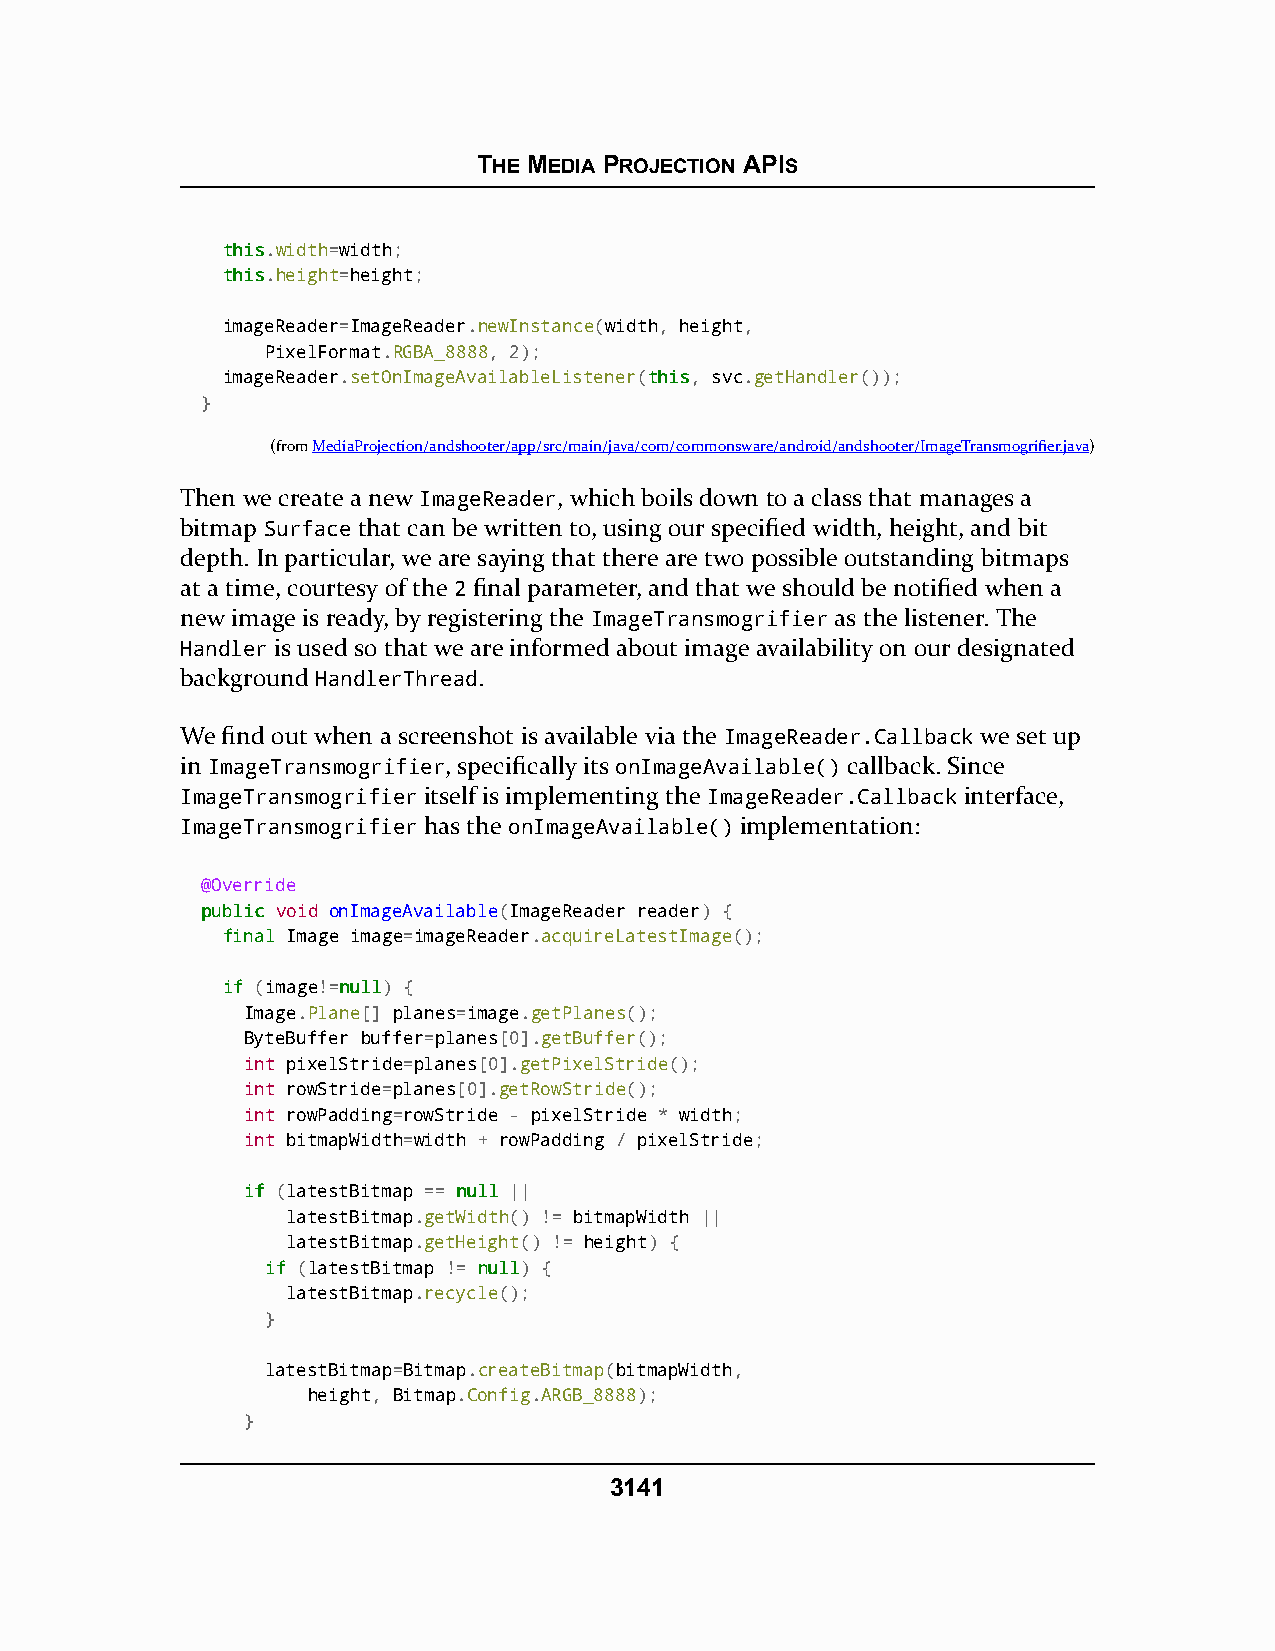
THE MEDIA PROJECTION APIS
 tthhiiss.width=width;
 tthhiiss.height=height;
 imageReader=ImageReader.newInstance(width, height,
 PixelFormat.RGBA_8888, 2);
 imageReader.setOnImageAvailableListener(tthhiiss, svc.getHandler());
 }
 (fromMediaProjection/andshooter/app/src/main/java/com/commonsware/android/andshooter/ImageTransmogrifier.java)
 Then we create a new ImageReader, which boils down to a class that manages a
 bitmap Surface that can be written to, using our specified width, height, and bit
 depth. In particular, we are saying that there are two possible outstanding bitmaps
 at a time, courtesy of the 2 final parameter, and that we should be notified when a
 new image is ready, by registering the ImageTransmogrifier as the listener. The
 Handler is used so that we are informed about image availability on our designated
 background HandlerThread.
 We find out when a screenshot is available via the ImageReader.Callback we set up
 in ImageTransmogrifier, specifically its onImageAvailable() callback. Since
 ImageTransmogrifier itself is implementing the ImageReader.Callback interface,
 ImageTransmogrifier has the onImageAvailable() implementation:
 @Override
 ppuubblliicc void onImageAvailable(ImageReader reader) {
 ffiinnaall Image image=imageReader.acquireLatestImage();
 iiff (image!=nnuullll) {
 Image.Plane[] planes=image.getPlanes();
 ByteBuffer buffer=planes[0].getBuffer();
 int pixelStride=planes[0].getPixelStride();
 int rowStride=planes[0].getRowStride();
 int rowPadding=rowStride - pixelStride * width;
 int bitmapWidth=width + rowPadding / pixelStride;
 iiff (latestBitmap == nnuullll ||
 latestBitmap.getWidth() != bitmapWidth ||
 latestBitmap.getHeight() != height) {
 iiff (latestBitmap != nnuullll) {
 latestBitmap.recycle();
 }
 latestBitmap=Bitmap.createBitmap(bitmapWidth,
 height, Bitmap.Config.ARGB_8888);
 }
 3141